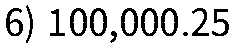
6) 100,000.25